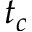
t _ { c }